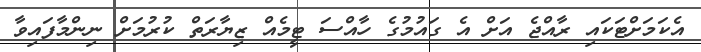
އެކަމަށްޓަކައި ރާއްޖެ އަށް އެ ގައުމުގެ ހާއްސަ ޓީމެއް ޒިޔާރަތް ކުރުމަށް ނިންމާފައިވާ